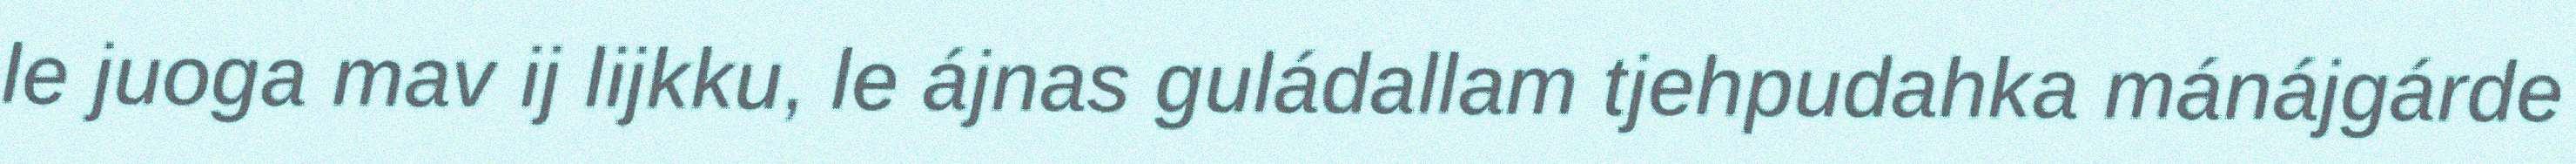
le juoga mav ij lijkku, le ájnas guládallam tjehpudahka mánájgárde